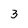
Character: 3